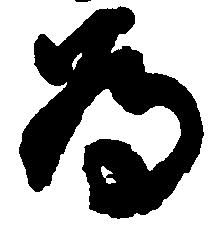
為